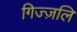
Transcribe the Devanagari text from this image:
गिज्ज़लि